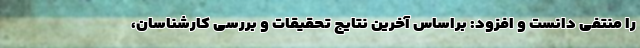
را منتفی دانست و افزود: براساس آخرین نتایج تحقیقات و بررسی کارشناسان،